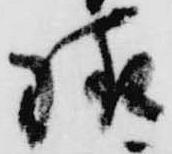
様